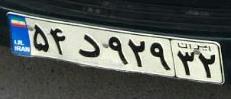
۵۴د۹۲۹۳۲